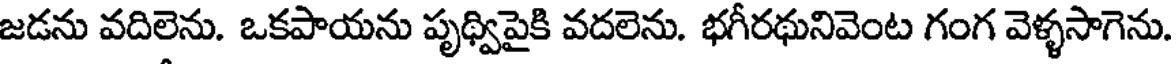
జడను వదిలెను. ఒకపాయను పృథ్విపైకి వదలెను. భగీరథునివెంట గంగ వెళ్ళసాగెను.